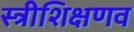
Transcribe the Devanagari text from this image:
स्त्रीशिक्षणव